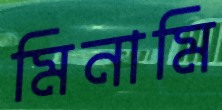
মিনামি